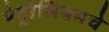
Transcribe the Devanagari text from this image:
पेट्रोलियमचे